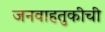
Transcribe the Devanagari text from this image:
जनवाहतुकीची